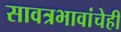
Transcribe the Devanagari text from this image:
सावत्रभावांचेही